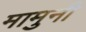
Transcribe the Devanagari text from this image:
मामुनी